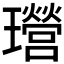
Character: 𤫎